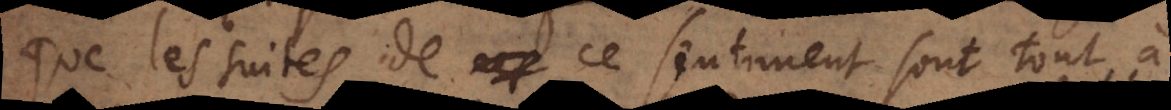
que les suites de ce sentiment sont tout à